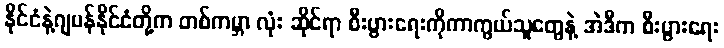
နိုင်ငံနဲ့ဂျပန်နိုင်ငံတို့က တစ်ကမ္ဘာ လုံး ဆိုင်ရာ စီးပွားရေးကိုကာကွယ်သူတွေနဲ့ အဲဒီက စီးပွားရေး